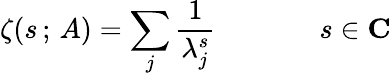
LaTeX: \zeta(s\, ;\, A)=\sum_{j}\frac{1}{\lambda_{j}^{s}}{\qquad}\; \; \; \; \; \; s\in{\mathbf C}